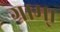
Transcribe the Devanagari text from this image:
गाम्।